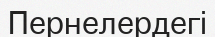
Пернелердегі